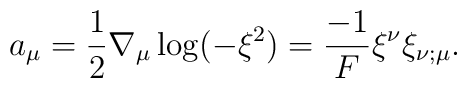
a_\mu=\frac{1}{2}\nabla_\mu \log (-\xi^2)=\frac{-1}{F}\xi^\nu  \xi_{\nu;\mu}.